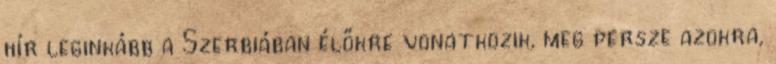
hír leginkább a Szerbiában élőkre vonatkozik, meg persze azokra,